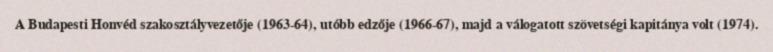
A Budapesti Honvéd szakosztályvezetője (1963-64), utóbb edzője (1966-67), majd a válogatott szövetségi kapitánya volt (1974).